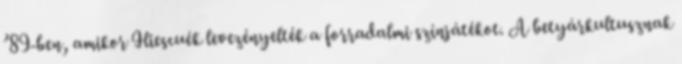
’89-ben, amikor Iliescuék levezényelték a forradalmi színjátékot. A betyárkultusznak